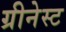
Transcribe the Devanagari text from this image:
ग्रीनेस्ट